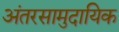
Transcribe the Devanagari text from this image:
अंतरसामुदायिक